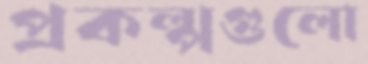
প্রকল্পগুলো